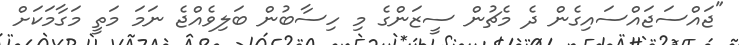
"ޖައްސަޖައްސައިގެން ދެ މެޗުން ސީޒަންގެ މި ހިސާބުން ބަލިވެއްޖެ ނަމަ މަތީ މަގާމަކަށް